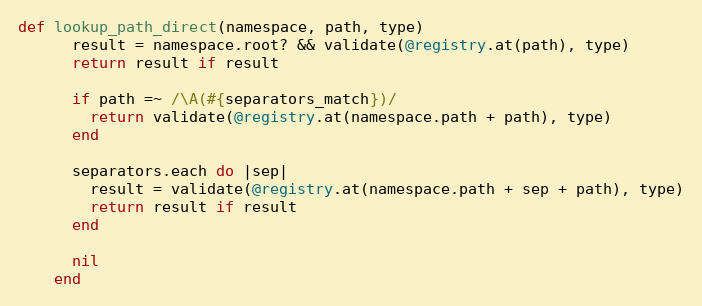
Language: Ruby
def lookup_path_direct(namespace, path, type)
      result = namespace.root? && validate(@registry.at(path), type)
      return result if result

      if path =~ /\A(#{separators_match})/
        return validate(@registry.at(namespace.path + path), type)
      end

      separators.each do |sep|
        result = validate(@registry.at(namespace.path + sep + path), type)
        return result if result
      end

      nil
    end